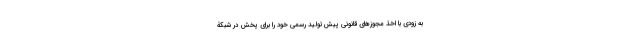
به زودی با اخذ مجوزهای قانونی پیش‌تولید رسمی خود را برای پخش در شبکۀ